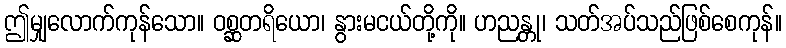
ဤမျှလောက်ကုန်သော။ ဝစ္ဆတရိယော၊ နွားမငယ်တို့ကို။ ဟညန္တု၊ သတ်အပ်သည်ဖြစ်စေကုန်။